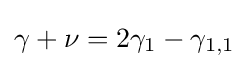
\gamma +\nu =2\gamma _{1}-\gamma _{1,1}\,\!